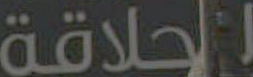
الحلاقة